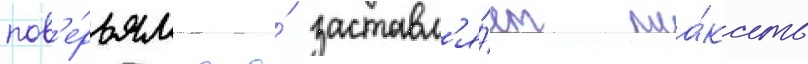
пов'е́рьям она́ заставл'я́ет пла́кать